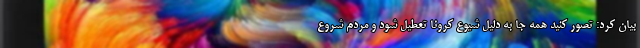
بیان کرد: تصور کنید همه جا به دلیل شیوع کرونا تعطیل شود و مردم شروع